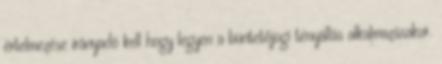
értelmezése irányadó kell hogy legyen a büntetőjogi tényállás alkalmazásakor.